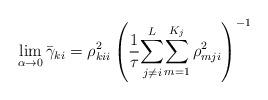
LaTeX: \begin{align*}\lim_{\alpha\to0}\bar{\gamma}_{ki}=\rho_{kii}^{2}\left(\frac{1}{\tau}{\displaystyle \sum_{j\neq i}^{L}}{\displaystyle \sum_{m=1}^{K_{j}}\rho_{mji}^{2}}\right)^{-1}\end{align*}